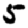
Digit: 5